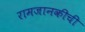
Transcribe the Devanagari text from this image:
रामजानकीची